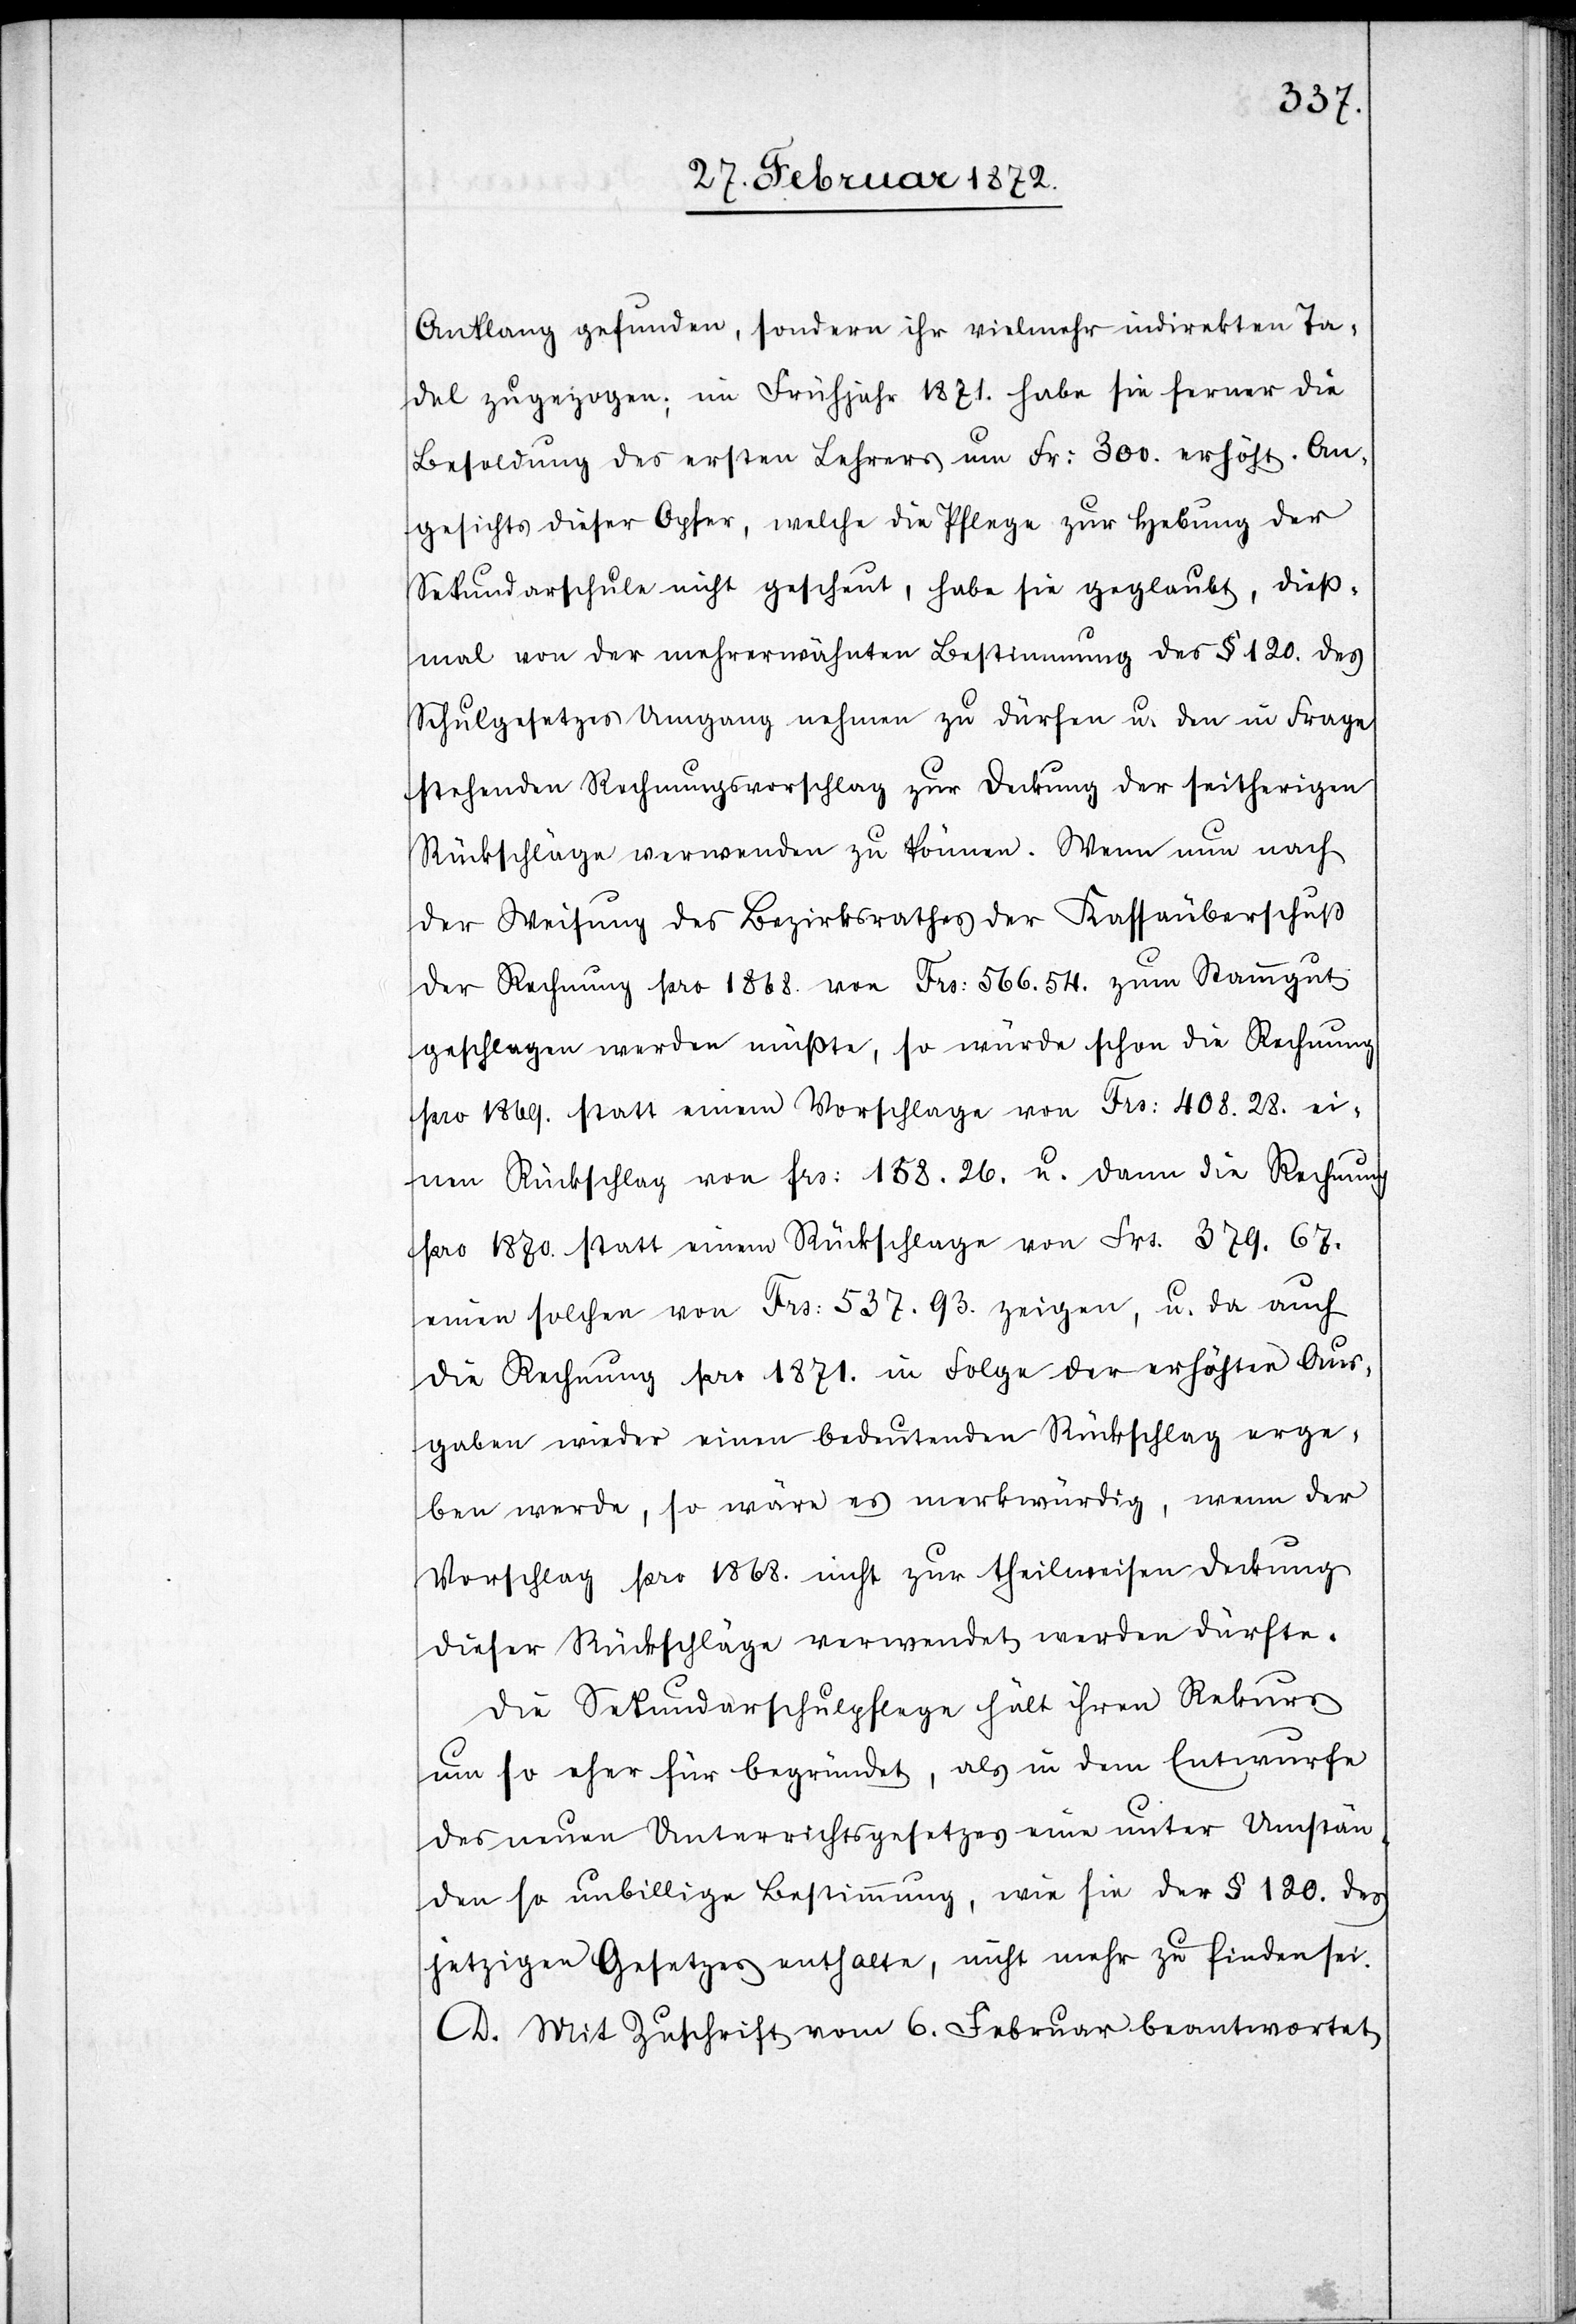
Anklang gefunden, sondern ihr vielmehr indirekten Ta¬
del zugezogen; im Frühjahr 1871. habe sie ferner die
Besoldung des ersten Lehrers um Fr. 300. erhöht. An¬
gesichts dieser Opfer, welche die Pflege zur Hebung der
Sekundarschule nicht gescheut, habe sie geglaubt, dieß¬
mal von der mehrerwähnten Bestimmung des § 120 des
Schulgesetzes Umgang nehmen zu dürfen u. den in Frage
stehenden Rechnungsvorschlag zur Deckung der seitherigen
Rückschläge verwenden zu können. Wenn nun nach
der Weisung des Bezirksrathes der Kassaüberschuß
der Rechnung pro 1868 von Frs. 566.54. zum Stammgut
geschlagen werden müßte, so würde schon die Rechnung
pro 1869. statt einem Vorschlage von Frs. 408.28. ei¬
nen Rückschlag von frs. 158.26. u. dann die Rechnung
pro 1870. statt einem Rückschlage von Frs. 379.67.
einen solchen von Frs. 537.93. zeigen, u. da auch
die Rechnung pro 1871. in Folge der erhöhten Aus¬
gaben wieder einen bedeutenden Rückschlag erge¬
ben werden, so wäre es merkwürdig, wenn der
Vorschlag pro 1868. nicht zur theilweisen Deckung
dieser Rückschläge verwendet werden dürfte.
Die Sekundarschulpflege hält ihren Rekurs
um so eher für begründet, als in dem Entwurfe
des neuen Unterrichtsgesetzes eine unter Umstän¬
den so unbillige Bestimmung, wie sie der § 120. des
jetzigen Gesetzes enthalte, nicht mehr zu finden sei.
D. Mit Zuschrift vom 6. Februar beantwortet